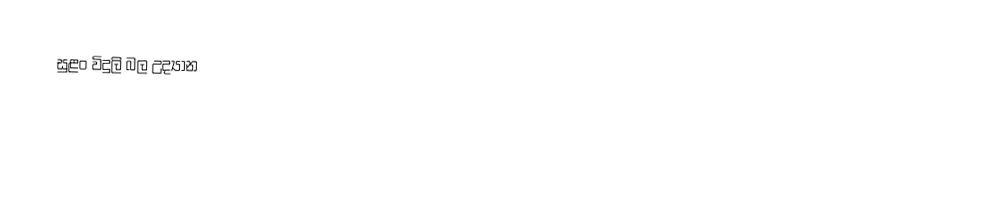
සුළං විදුලි බල උද්‍යාන